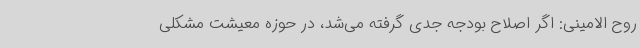
روح الامینی: اگر اصلاح بودجه جدی گرفته می‌شد، در حوزه معیشت مشکلی